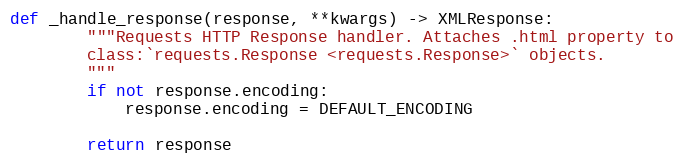
Language: Python
def _handle_response(response, **kwargs) -> XMLResponse:
        """Requests HTTP Response handler. Attaches .html property to
        class:`requests.Response <requests.Response>` objects.
        """
        if not response.encoding:
            response.encoding = DEFAULT_ENCODING

        return response